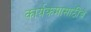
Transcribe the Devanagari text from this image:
कार्यक्रमासाठीचे